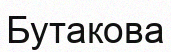
Бутакова